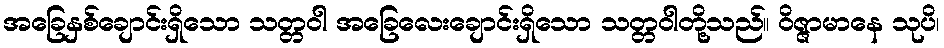
အခြေနှစ်ချောင်းရှိသော သတ္တဝါ အခြေလေးချောင်းရှိသော သတ္တဝါတို့သည်။ ဝိဇ္ဇာမာနေ သုပိ၊